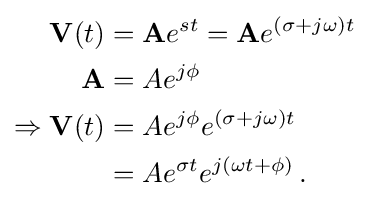
{\begin{aligned}\mathbf {V} (t)&=\mathbf {A} e^{st}=\mathbf {A} e^{(\sigma +j\omega )t}\\\mathbf {A} &=Ae^{j\phi }\\\Rightarrow \mathbf {V} (t)&=Ae^{j\phi }e^{(\sigma +j\omega )t}\\&=Ae^{\sigma t}e^{j(\omega t+\phi )}\,.\end{aligned}}